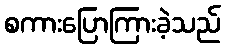
စကားပြောကြားခဲ့သည်